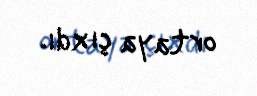
ortaya çıxdı.